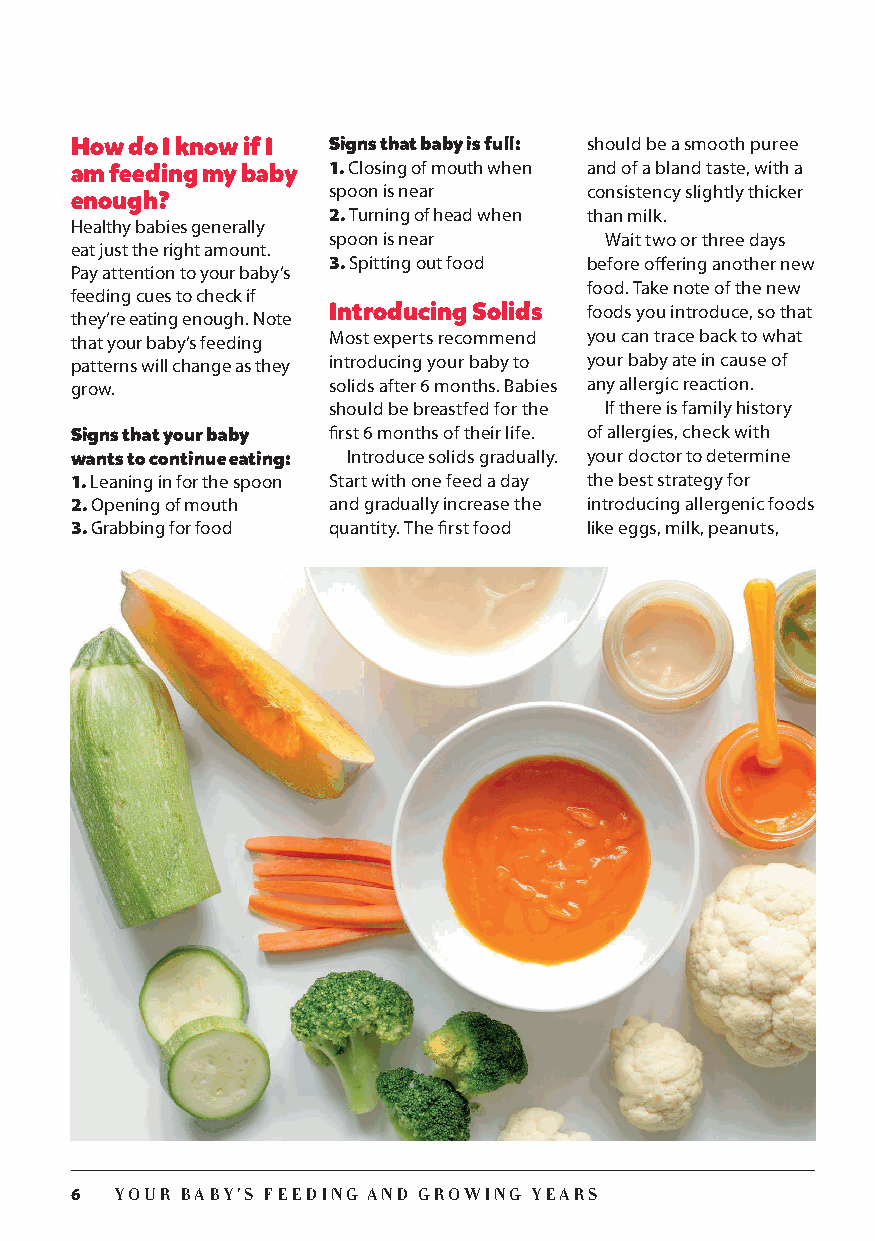
How do I know if I Signs that baby is full: should be a smooth puree
 am feeding my baby 1. Closing of mouth when and of a bland taste, with a
 spoon is near    consistency slightly thicker
 enough?
 2. Turning of head when than milk.
 Healthy babies generally
 spoon is near     Wait two or three days
 eat just the right amount.
 3. Spitting out food before offering another new
 Pay attention to your baby’s
 food. Take note of the new
 feeding cues to check if
 Introducing Solids foods you introduce, so that
 they’re eating enough. Note
 that your baby’s feeding Most experts recommend you can trace back to what
 patterns will change as they introducing your baby to your baby ate in cause of
 grow.            solids after 6 months. Babies any allergic reaction.
 should be breastfed for the If there is family history
 Signs that your baby first 6 months of their life. of allergies, check with
 wants to continue eating: Introduce solids gradually. your doctor to determine
 1. Leaning in for the spoon Start with one feed a day the best strategy for
 2. Opening of mouth and gradually increase the introducing allergenic foods
 3. Grabbing for food quantity. The first food like eggs, milk, peanuts,
 6  YOUR BABY’S FEEDING AND GROWING YEARS